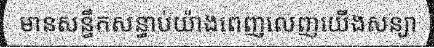
មានសន្ធឹកសន្ធាប់យ៉ាងពេញលេញយើងសន្យា